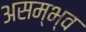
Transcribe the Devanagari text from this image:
असम्भ्व